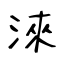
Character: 淶